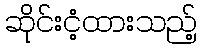
ဆိုင်းငံ့ထားသည့်